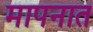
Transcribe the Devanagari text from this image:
मापनात